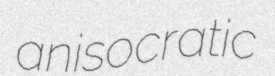
anisocratic